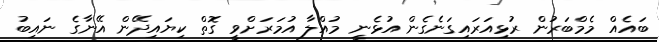
ބައެއް މެމްބަރުން ރުޅިއަރައިގަނެގެން އުޅެނީ މުއްލާ އުމަރަށްވީ ގޮތް ކިޔައިދޭން އޭނާގެ ނައިބު